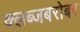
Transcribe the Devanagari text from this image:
क्लब्जबरोबर